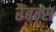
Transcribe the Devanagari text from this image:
रैंबल्स